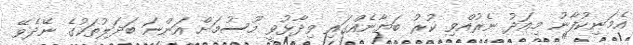
އެމަނިކުފާނު މިއަދު ނެރުއްވި ކުރު ބަޔާނެއްގައި ވިދާޅުވީ މޫސުމަށް އަންނަ ބަދަލުތަކުގެ ނޭދެވޭ